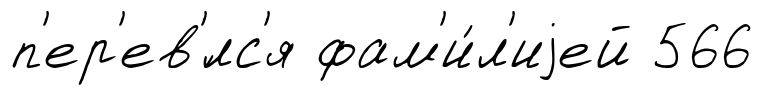
п'ер'ев'́лс'я фам'и́л'иjей 566